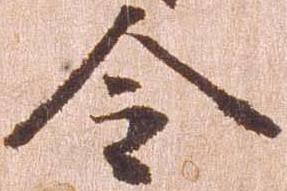
令